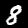
Label: 8